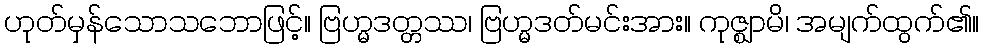
ဟုတ်မှန်သောသဘောဖြင့်။ ဗြဟ္မဒတ္တဿ၊ ဗြဟ္မဒတ်မင်းအား။ ကုဇ္ဈာမိ၊ အမျက်ထွက်၏။